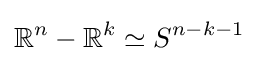
\mathbb {R} ^{n}-\mathbb {R} ^{k}\simeq S^{n-k-1}